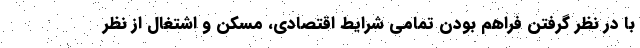
با در نظر گرفتن فراهم بودن تمامی شرایط اقتصادی، مسکن و اشتغال از نظر